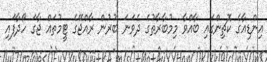
އިންޑިއާގެ ކޮޗިންގައި ބާއްވާ މިމުބާރާތުގެ ދެވަނަ ބުރުން ރާއްޖޭގެ ޓީމުތައް ޖާގަ ހޯދާފައި